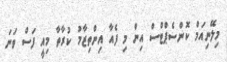
މިލޭނިއަމް ކޮންސެޕްޓްސް އިން މި ފެއާ އިންތިޒާމު ކުރާތާ މިއީ ފަސް ވަނަ